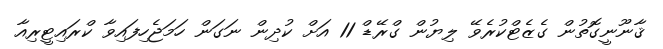
ޤާނޫނީގޮތުން ގެޒެޓްކުރެވޭ ލިޔުން ގްރޭޑް 11 އަށް ކުދިން ނަގަން ހަމަޖެހިފައިވާ ކްރައިޓީރިއާ